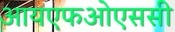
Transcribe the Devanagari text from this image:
आयएफओएससी